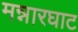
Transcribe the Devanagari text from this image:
मन्नारघाट